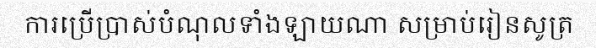
ការប្រើប្រាស់បំណុលទាំងឡាយណា សម្រាប់រៀនសូត្រ